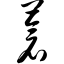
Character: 苍